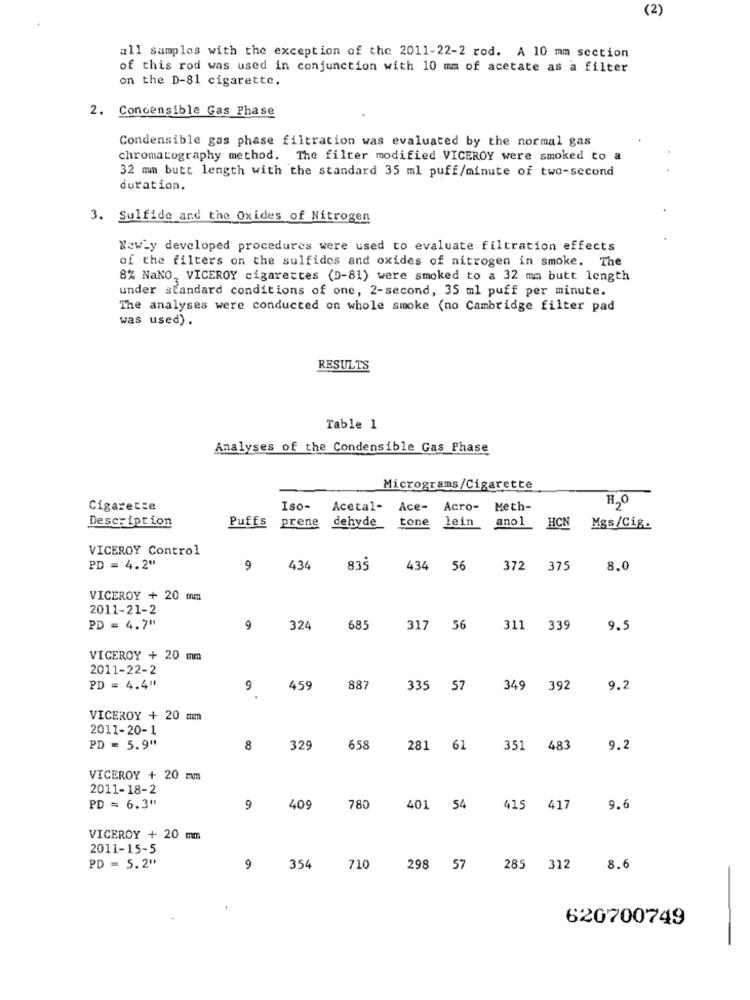
(2)
all samples with the exception of the 2011-22-2 rod. A 10 mm section
of this rod was used in conjunction with 10 mm of acetate as a filter
on the D-81 cigarette.
Concensible Gas Phase
Condensible gas phase filtration was evaluated by the normal gas
chromatography method. The filter modified VICEROY were smoked to a
32 mm butt length with the standard 35 ml puff/minute of two-second
£
duration.
3. Sulfide and the Oxides of Nitrogen
Newly developed procedures were used to evaluate filtration effects
of the filters on the sulfides and oxides of nitrogen in smoke. The
8% NaNO, VICEROY cigarettes (D-81) were smoked to a 32 mm butt length
under standard conditions of one, 2-second, 35 ml puff per minute.
The analyses were conducted on whole smoke (no Cambridge filter pad
was used).
RESULTS
Table 1
Analyses of the Condensible Gas Phase
Micrograms/Cigarette
Cigarette
Iso-
Acetal-
Ace- Acro-
Meth-
Description
Puffs prene dehyde
tone lein
ano1
HCN Mgs/Cig.
VICEROY Control
PD = 4.2"
9
434
835
434 56
372
375
8.0
VICEROY + 20 mm
2011-21-2
PD = 4.7"
9
324
685
317 56
311 339
9.5
VICEROY + 20 mm
2011-22-2
PD = 4.4"
9
459
887
335 57
349 392
9.2
VICEROY + 20 mm
2011-20-1
PD = 5.9"
8
32
658
281 61
351 483
9.2
VICEROY + 20 mm
2011-18-2
PD = 6.3"
9
409
780
401 54
415 417
9.6
VICEROY + 20 mm
2011-15-5
PD = 5.2"
9
354
710
298 57
285 312
8.6
620700749